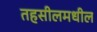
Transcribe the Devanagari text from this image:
तहसीलमधील